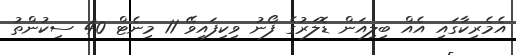
އެމެރިކާގައި އެއް ބިލިއަން ޑޮލަރުގެ ފޯނު ވިކިފައިވޭ 11 މިނެޓް 40 ސިކުންތު